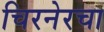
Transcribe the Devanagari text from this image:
चिरनेरचा